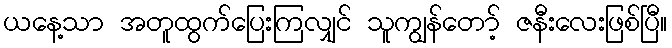
ယနေ့သာ အတူထွက်ပြေးကြလျှင် သူကျွန်တော့် ဇနီးလေးဖြစ်ပြီ။